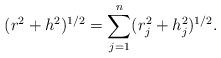
LaTeX: \begin{align*}(r^2+h^2)^{1/2}=\sum \limits_{j=1}^{n}(r^2_j+h^2_j)^{1/2}.\end{align*}